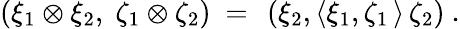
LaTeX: \left(\xi_{1}\otimes\xi_{2},\; \zeta_{1}\otimes\zeta_{2}\right)\ =\ \left(\xi_{2},\langle\xi_{1},\zeta_{1}\, \rangle\, \zeta_{2}\right)\ .